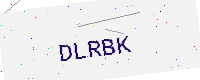
Text: DLRBK